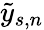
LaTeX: \tilde{y}_{s,n}